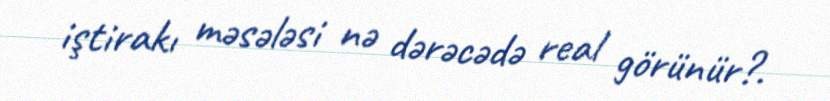
iştirakı məsələsi nə dərəcədə real görünür?.